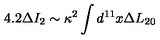
4 . 2 \Delta I _ { 2 } \sim \kappa ^ { 2 } \int d ^ { 1 1 } x \Delta L _ { 2 0 }